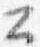
公